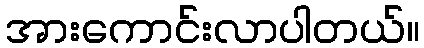
အားကောင်းလာပါတယ်။